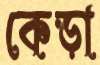
কেড়া